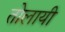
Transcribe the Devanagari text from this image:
तोलायी